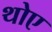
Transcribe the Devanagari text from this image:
थोए